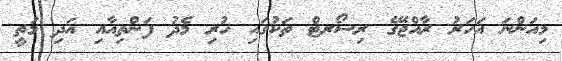
މިއަންނަ އަހަރު ރާއްޖޭގެ ރިސޯރޓް ތަކުގައި ހުރި މެދު ފަންތިއާއި އަދި މަތީ